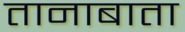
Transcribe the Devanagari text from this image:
तानाबाता